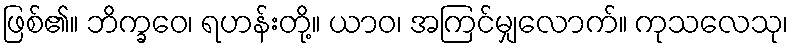
ဖြစ်၏။ ဘိက္ခဝေ၊ ရဟန်းတို့။ ယာဝ၊ အကြင်မျှလောက်။ ကုသလေသု၊